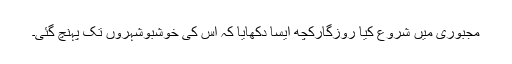
مجبوری میں شروع کیا روزگارکچھ ایسا دکھایا کہ اس کی خوشبوشہروں تک پہنچ گئی۔